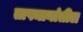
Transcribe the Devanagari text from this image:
तापमानांतील